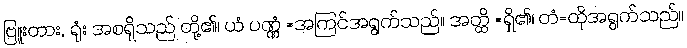
ဗြူးတား, ရုံး အစရှိသည် တို့၏၊ ယံ ပဏ္ဏံ =အကြင်အရွက်သည်။ အတ္ထိ =ရှိ၏၊ တံ=ထိုအရွက်သည်။